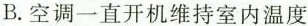
B.空调一直开机维持室内温度